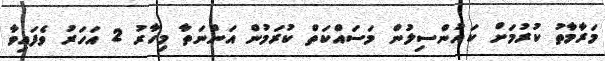
މަރާމާތު ކުރުމަށް ކައުންސިލުން މަސައްކަތް ކުރަމުން އަންނަތާ މިހާރު 2 އަހަރު ވެފައިވާ